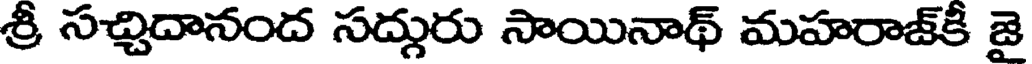
శ్రీ సచ్చిదానంద సద్గురు సాయినాథ్ మహరాజ్కి జై